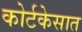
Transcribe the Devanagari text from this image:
कोर्टकेसात